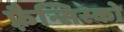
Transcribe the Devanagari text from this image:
फ़्रैन्सिस्को